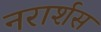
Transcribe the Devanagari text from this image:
नरार्शस